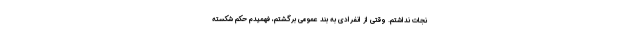
نجات نداشتم. وقتی از انفرادی به بند عمومی برگشتم، فهمیدم حکم شکسته